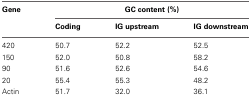
| Gene | <COLSPAN=3> GC content (%) |
 |  | Coding | IG upstream | IG downstream |
 | --- | --- | --- | --- |
 | 420 | 50.7 | 52.2 | 52.5 |
 | 150 | 52.0 | 50.8 | 58.2 |
 | 90 | 51.6 | 52.6 | 54.6 |
 | 20 | 55.4 | 55.3 | 48.2 |
 | Actin | 51.7 | 32.0 | 36.1 |